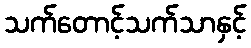
သက်တောင့်သက်သာနှင့်